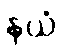
နယံ